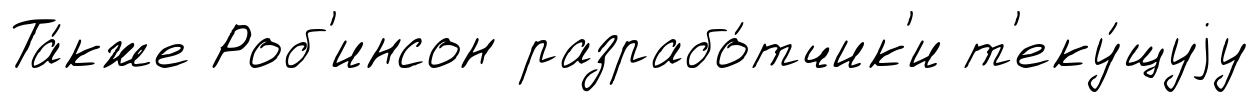
Та́кже Роб'инсон разрабо́тчик'и т'еку́щуjу